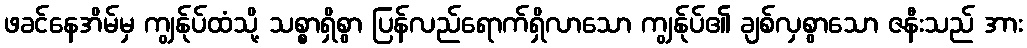
ဖခင်နေအိမ်မှ ကျွန်ုပ်ထံသို့ သစ္စာရှိစွာ ပြန်လည်ရောက်ရှိလာသော ကျွန်ုပ်၏ ချစ်လှစွာသော ဇနီးသည် အား